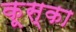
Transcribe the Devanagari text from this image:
कूस्का